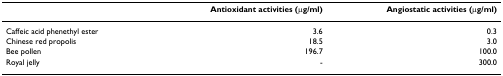
|  | Antioxidant activities (μg/ml) | Angiostatic activities (μg/ml) |
 | --- | --- | --- |
 | Caffeic acid phenethyl ester | 3.6 | 0.3 |
 | Chinese red propolis | 18.5 | 3.0 |
 | Bee pollen | 196.7 | 100.0 |
 | Royal jelly | - | 300.0 |